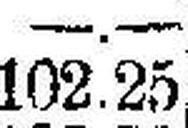
102.25